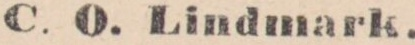
C. O. Lindmark.